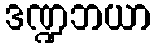
ဒဏ္ဍဘယာ